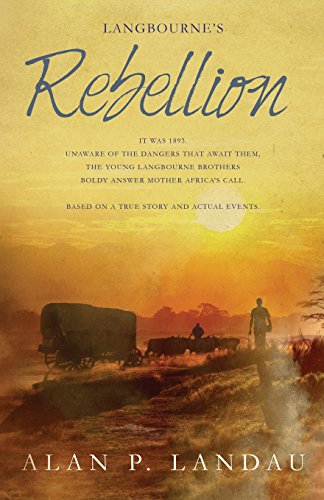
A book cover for Langbourne's Rebellion; Alan P Landau; Children's Books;